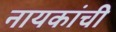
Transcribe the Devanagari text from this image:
नायकांची